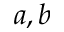
a , b